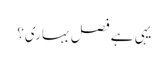
یہی ہے فصل بہاری؟